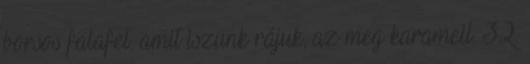
borsos falafel. amit iszunk rájuk, az meg karamell. 32.